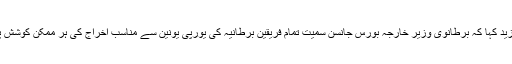
انہوں نے مزید کہا کہ برطانوی وزیر خارجہ بورس جانسن سمیت تمام فریقین برطانیہ کی یورپی یونین سے مناسب اخراج کی ہر ممکن کوشش پر متفق ہیں۔